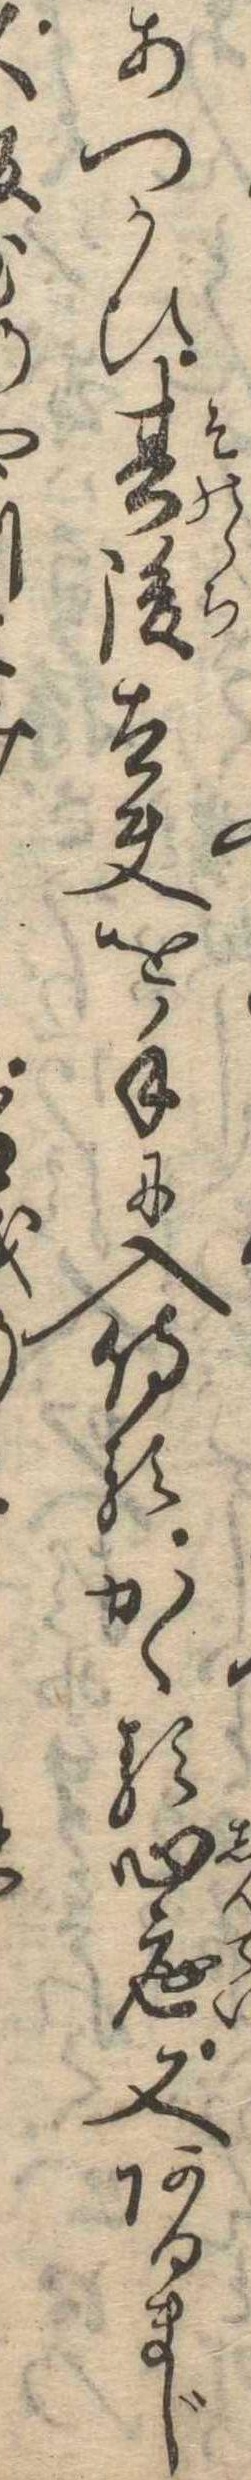
あつかひ其後太夫を手に入侍るかゝる心底又あるまじ